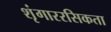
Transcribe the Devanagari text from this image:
शृंगाररसिकता